Report on lock hospitals in British Burma
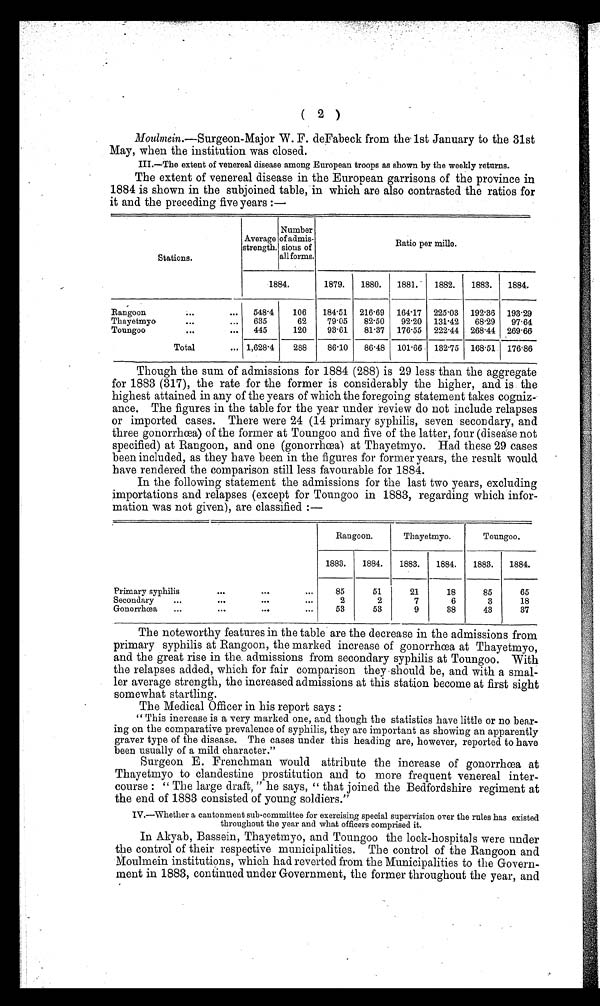
( 2 )
Moulmein.-Surgeon-Major W. F. deFabeck from the' 1st January to the 31st
May, when the institution was closed.
III.-The extent of venereal disease among European troops as shown by the weekly returns.
The extent of venereal disease in the European garrisons of the province in
1884 is shown in the subjoined table, in which are also contrasted the ratios for
it and the preceding five years :-
Stations.
Average
strength.
Number
of admix-
sions of
all forms.
Ratio per mile.
1884.
1879.
1880.
1881.
1882.
1883.
1884.
Rangoon
...
548.4
106
18451
216. 69
164. 17
225 .03 192. 36 193.29
Thayetmyo
...
...
635
62
79.05
82-50
92 .20 131 .42 68. 29 97.64
Toungoo
. . .
445
120
93.61
81 .37 176 .55 222 .44 268 .44 269.66
Total
... 1,628 .4
288
86.10
86 .48 101 .66 132 .75 168 .51 176.86
Though the sum of admissions for 1884 (288) is 29 less . than the aggregate
ror 1883 (317), the rate for the former is considerably the higher, and is the
highest attained in any of the years of which the foregoing statement takes cogniz-
ance. The figures in the table for the year under review do not include relapses
Dr imported cases. There were 24 (14 primary syphilis, seven secondary, and
three gonorrhoea) of the former at Toungoo and five of the latter, four (disease not
specified) at Rangoon, and one (gonorrhœa) at Thayetmyo. Had these 29 cases
been included, as they have been in the figures for former years, the result would
have rendered the comparison still less favourable for 1884.
In the following statement the admissions for the last two years, excluding
importations and relapses (except for Toungoo in 1883, regarding which infor-
mation was not given), are classified :-
Rangoon.
Thayetmyo.
Toungoo.
1883.
1884.
1883.
1884.
1883.
1884.
Primary syphilis
...
. . . ...
85
51
21
18
85
65
Secondary
...
...
...
. . .
2
2
7
6
3
18
Gonorrhœa
...
...
...
.0.
53
53
9
38
43
37
The noteworthy features in the table are the decrease in the admissions from
primary syphilis at Rangoon, the marked increase of gonorrhea at Thayetmyo,
and the great rise in the admissions from secondary syphilis at Toungoo. With
the relapses added, which for fair comparison they . should be, and with a smal-
ler average strength, the increased admissions at this station become at first sight
somewhat startling.
The Medical Officer in his re p ort says :
" This increase is a very marked one, and though the statistics have little or no bear-
ing on the comparative prevalence of syphilis, they are important as showing an apparently
graver type of the disease. The cases under this heading are, however, reported to have
been usually of a mild character."
S u r g e o n
E .
E r e n c h n a a n
w o u l d a t t r i b u t e t h e i n c r e a s e o f g o n o r r h o e a a t
Thayetmyo to clandestine prostitution and to more frequent venereal inter-
course : " The large draft, " he says, " that joined the Bedfordshire regiment at
the end of 1883 consisted of young soldiers."
IN.-Whether a cantonment sub-committee for exercising special supervision over the rules has existed
throughout the year and what officers comprised it.
In Akyab, Bassein, Thayetmyo, and Toungoo the lock-hospitals were under
the control of their respective municipalities. The control of the Rangoon and
Moulmein institutions, which had reverted from the Municipalities to the Govern-
ment in 1883, continued under Government, the former throughout the year, and